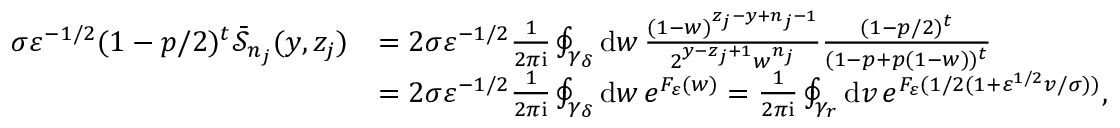
\begin{array} { r l } { \sigma \varepsilon ^ { - 1 / 2 } ( 1 - p / 2 ) ^ { t } \bar { \mathcal { S } } _ { n _ { j } } ( y , z _ { j } ) } & { = 2 \sigma \varepsilon ^ { - 1 / 2 } \frac { 1 } { 2 \pi \mathrm { i } } \oint _ { \gamma _ { \delta } } \mathrm { d } w \, \frac { ( 1 - w ) ^ { z _ { j } - y + n _ { j } - 1 } } { 2 ^ { y - z _ { j } + 1 } w ^ { n _ { j } } } \frac { ( 1 - p / 2 ) ^ { t } } { ( 1 - p + p ( 1 - w ) ) ^ { t } } } \\ & { = 2 \sigma \varepsilon ^ { - 1 / 2 } \frac { 1 } { 2 \pi \mathrm { i } } \oint _ { \gamma _ { \delta } } \mathrm { d } w \, e ^ { F _ { \varepsilon } ( w ) } = \frac { 1 } { 2 \pi \mathrm { i } } \oint _ { \gamma _ { r } } \mathrm { d } v \, e ^ { F _ { \varepsilon } ( 1 / 2 ( 1 + \varepsilon ^ { 1 / 2 } v / \sigma ) ) } , } \end{array}